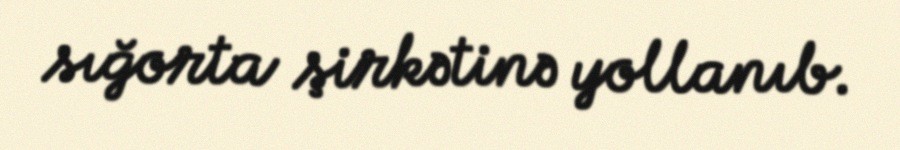
sığorta şirkətinə yollanıb.